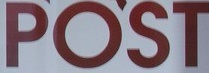
POST